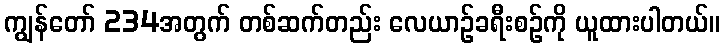
ကျွန်တော် 234အတွက် တစ်ဆက်တည်း လေယာဉ်ခရီးစဉ်ကို ယူထားပါတယ်။